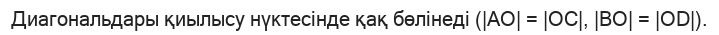
Диагональдары қиылысу нүктесінде қақ бөлінеді (|AO| = |OC|, |BO| = |OD|).